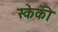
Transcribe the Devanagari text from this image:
स्केकी